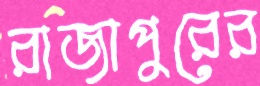
রাজাপুরের